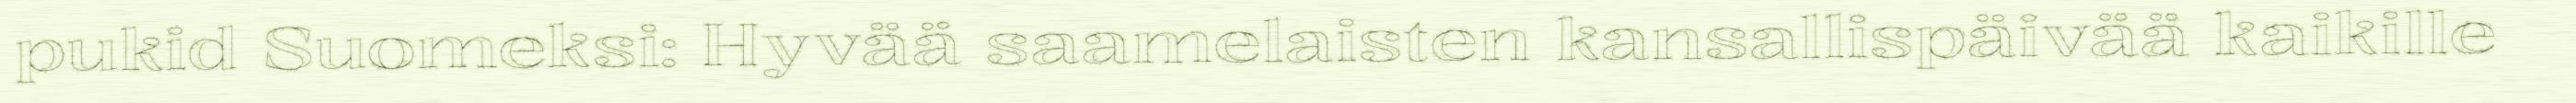
pukid Suomeksi: Hyvää saamelaisten kansallispäivää kaikille